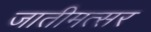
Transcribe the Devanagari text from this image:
जातीमत्सर